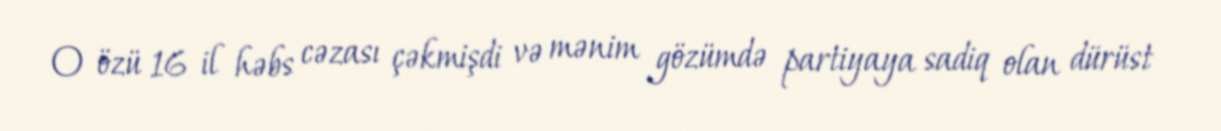
O özü 16 il həbs cəzası çəkmişdi və mənim gözümdə partiyaya sadiq olan dürüst